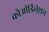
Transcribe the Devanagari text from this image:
कोओर्डिनेशन